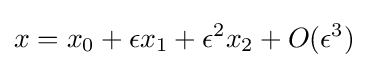
x=x_{0}+\epsilon x_{1}+\epsilon ^{2}x_{2}+O(\epsilon ^{3})